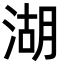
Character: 湖